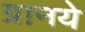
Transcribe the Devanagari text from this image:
ग्रानये